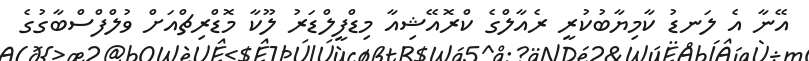
އޭނާ އެ ލަނޑު ކާމިޔާބުކުރީ ރެއާލްގެ ކްރޮއޭޝިއާ މިޑްފީލްޑަރު ލޫކާ މޮޑްރިޗްއަށް ވުލްފްސްބާގުގެ